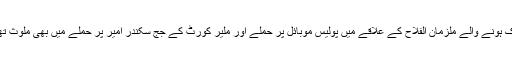
ہلاک ہونے والے ملزمان الفلاح کے علاقے میں پولیس موبائل پر حملے اور ملیر کورٹ کے جج سکندر امیر پر حملے میں بھی ملوث تھے۔